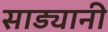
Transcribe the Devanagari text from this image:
साड्यानी